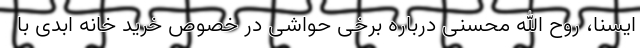
ایسنا، روح الله محسنی درباره برخی حواشی در خصوص خرید خانه ابدی با